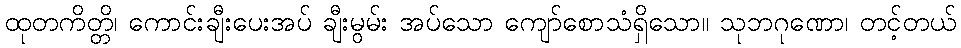
ထုတကိတ္တိ၊ ကောင်းချီးပေးအပ် ချီးမွမ်း အပ်သော ကျော်စောသံရှိသော။ သုဘဂုဏော၊ တင့်တယ်